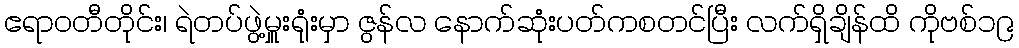
ဧရာဝတီတိုင်း၊ ရဲတပ်ဖွဲ့မှူးရုံးမှာ ဇွန်လ နောက်ဆုံးပတ်ကစတင်ပြီး လက်ရှိချိန်ထိ ကိုဗစ်၁၉